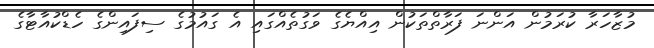
މުޒާހަރާ ކުރަމުން އަންނަ ފަރާތްތަކުން އިއްޔެގެ ވަގުތެއްގައި އެ ގައުމުގެ ސިފައިންގެ ހެޑްކުއާޓާގެ